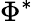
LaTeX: \Phi^{*}